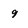
Character: 9